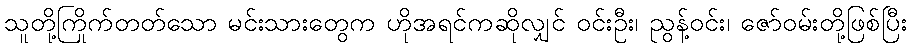
သူတို့ကြိုက်တတ်သော မင်းသားတွေက ဟိုအရင်ကဆိုလျှင် ဝင်းဦး၊ ညွန့်ဝင်း၊ ဇော်ဝမ်းတို့ဖြစ်ပြီး